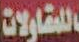
للمقاولات